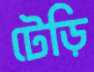
টেড়ি